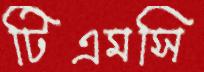
টিএমসি